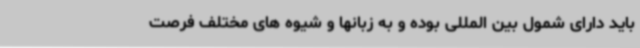
باید دارای شمول بین المللی بوده و به زبانها و شیوه های مختلف فرصت